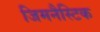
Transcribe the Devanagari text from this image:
जिमनैस्टिक